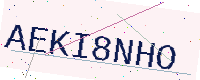
Text: AEKI8NHO